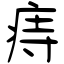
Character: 痔